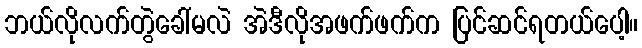
ဘယ်လိုလက်တွဲခေါ်မလဲ အဲဒီလိုအဖက်ဖက်က ပြင်ဆင်ရတယ်ပေါ့။